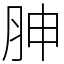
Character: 胂